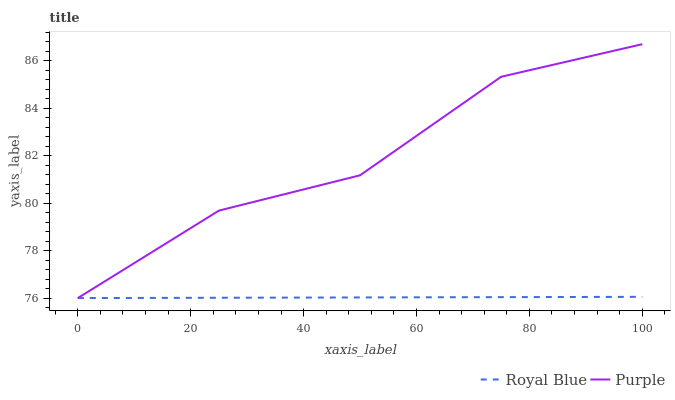
| xaxis_label | Royal Blue | Purple |
 | --- | --- | --- |
 | 0 | 76 | 76 |
 | 25 | 76 | 79.7 |
 | 50 | 76 | 81.2 |
 | 75 | 76 | 85.3 |
 | 100 | 76.1 | 86.7 |